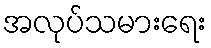
အလုပ်သမားရေး